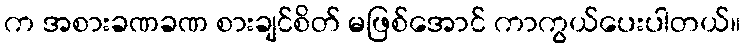
က အစားခဏခဏ စားချင်စိတ် မဖြစ်အောင် ကာကွယ်ပေးပါတယ်။